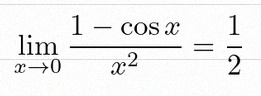
\lim_{x\to0}\frac{1-\cos x}{x^2}=\frac12